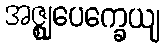
အဇ္ဈုပေက္ခေယျ